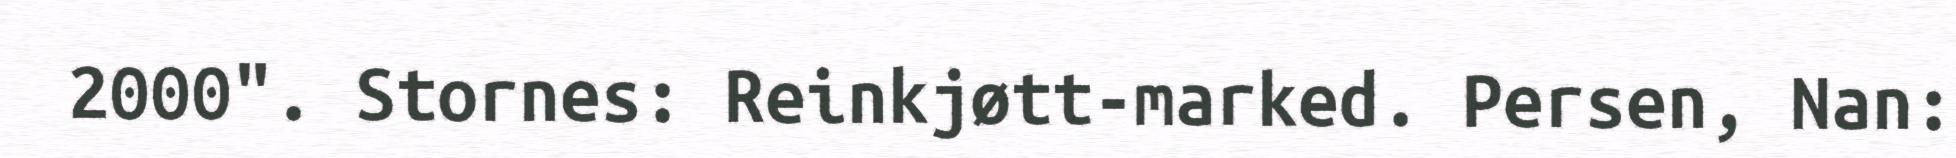
2000". Stornes: Reinkjøtt-marked. Persen, Nan: